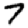
Digit: 7